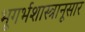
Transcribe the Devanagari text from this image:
भूगर्भशास्त्रानूसार